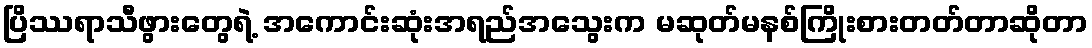
ပြိဿရာသီဖွားတွေရဲ့ အကောင်းဆုံးအရည်အသွေးက မဆုတ်မနစ်ကြိုးစားတတ်တာဆိုတာ